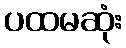
ပထမဆုံး